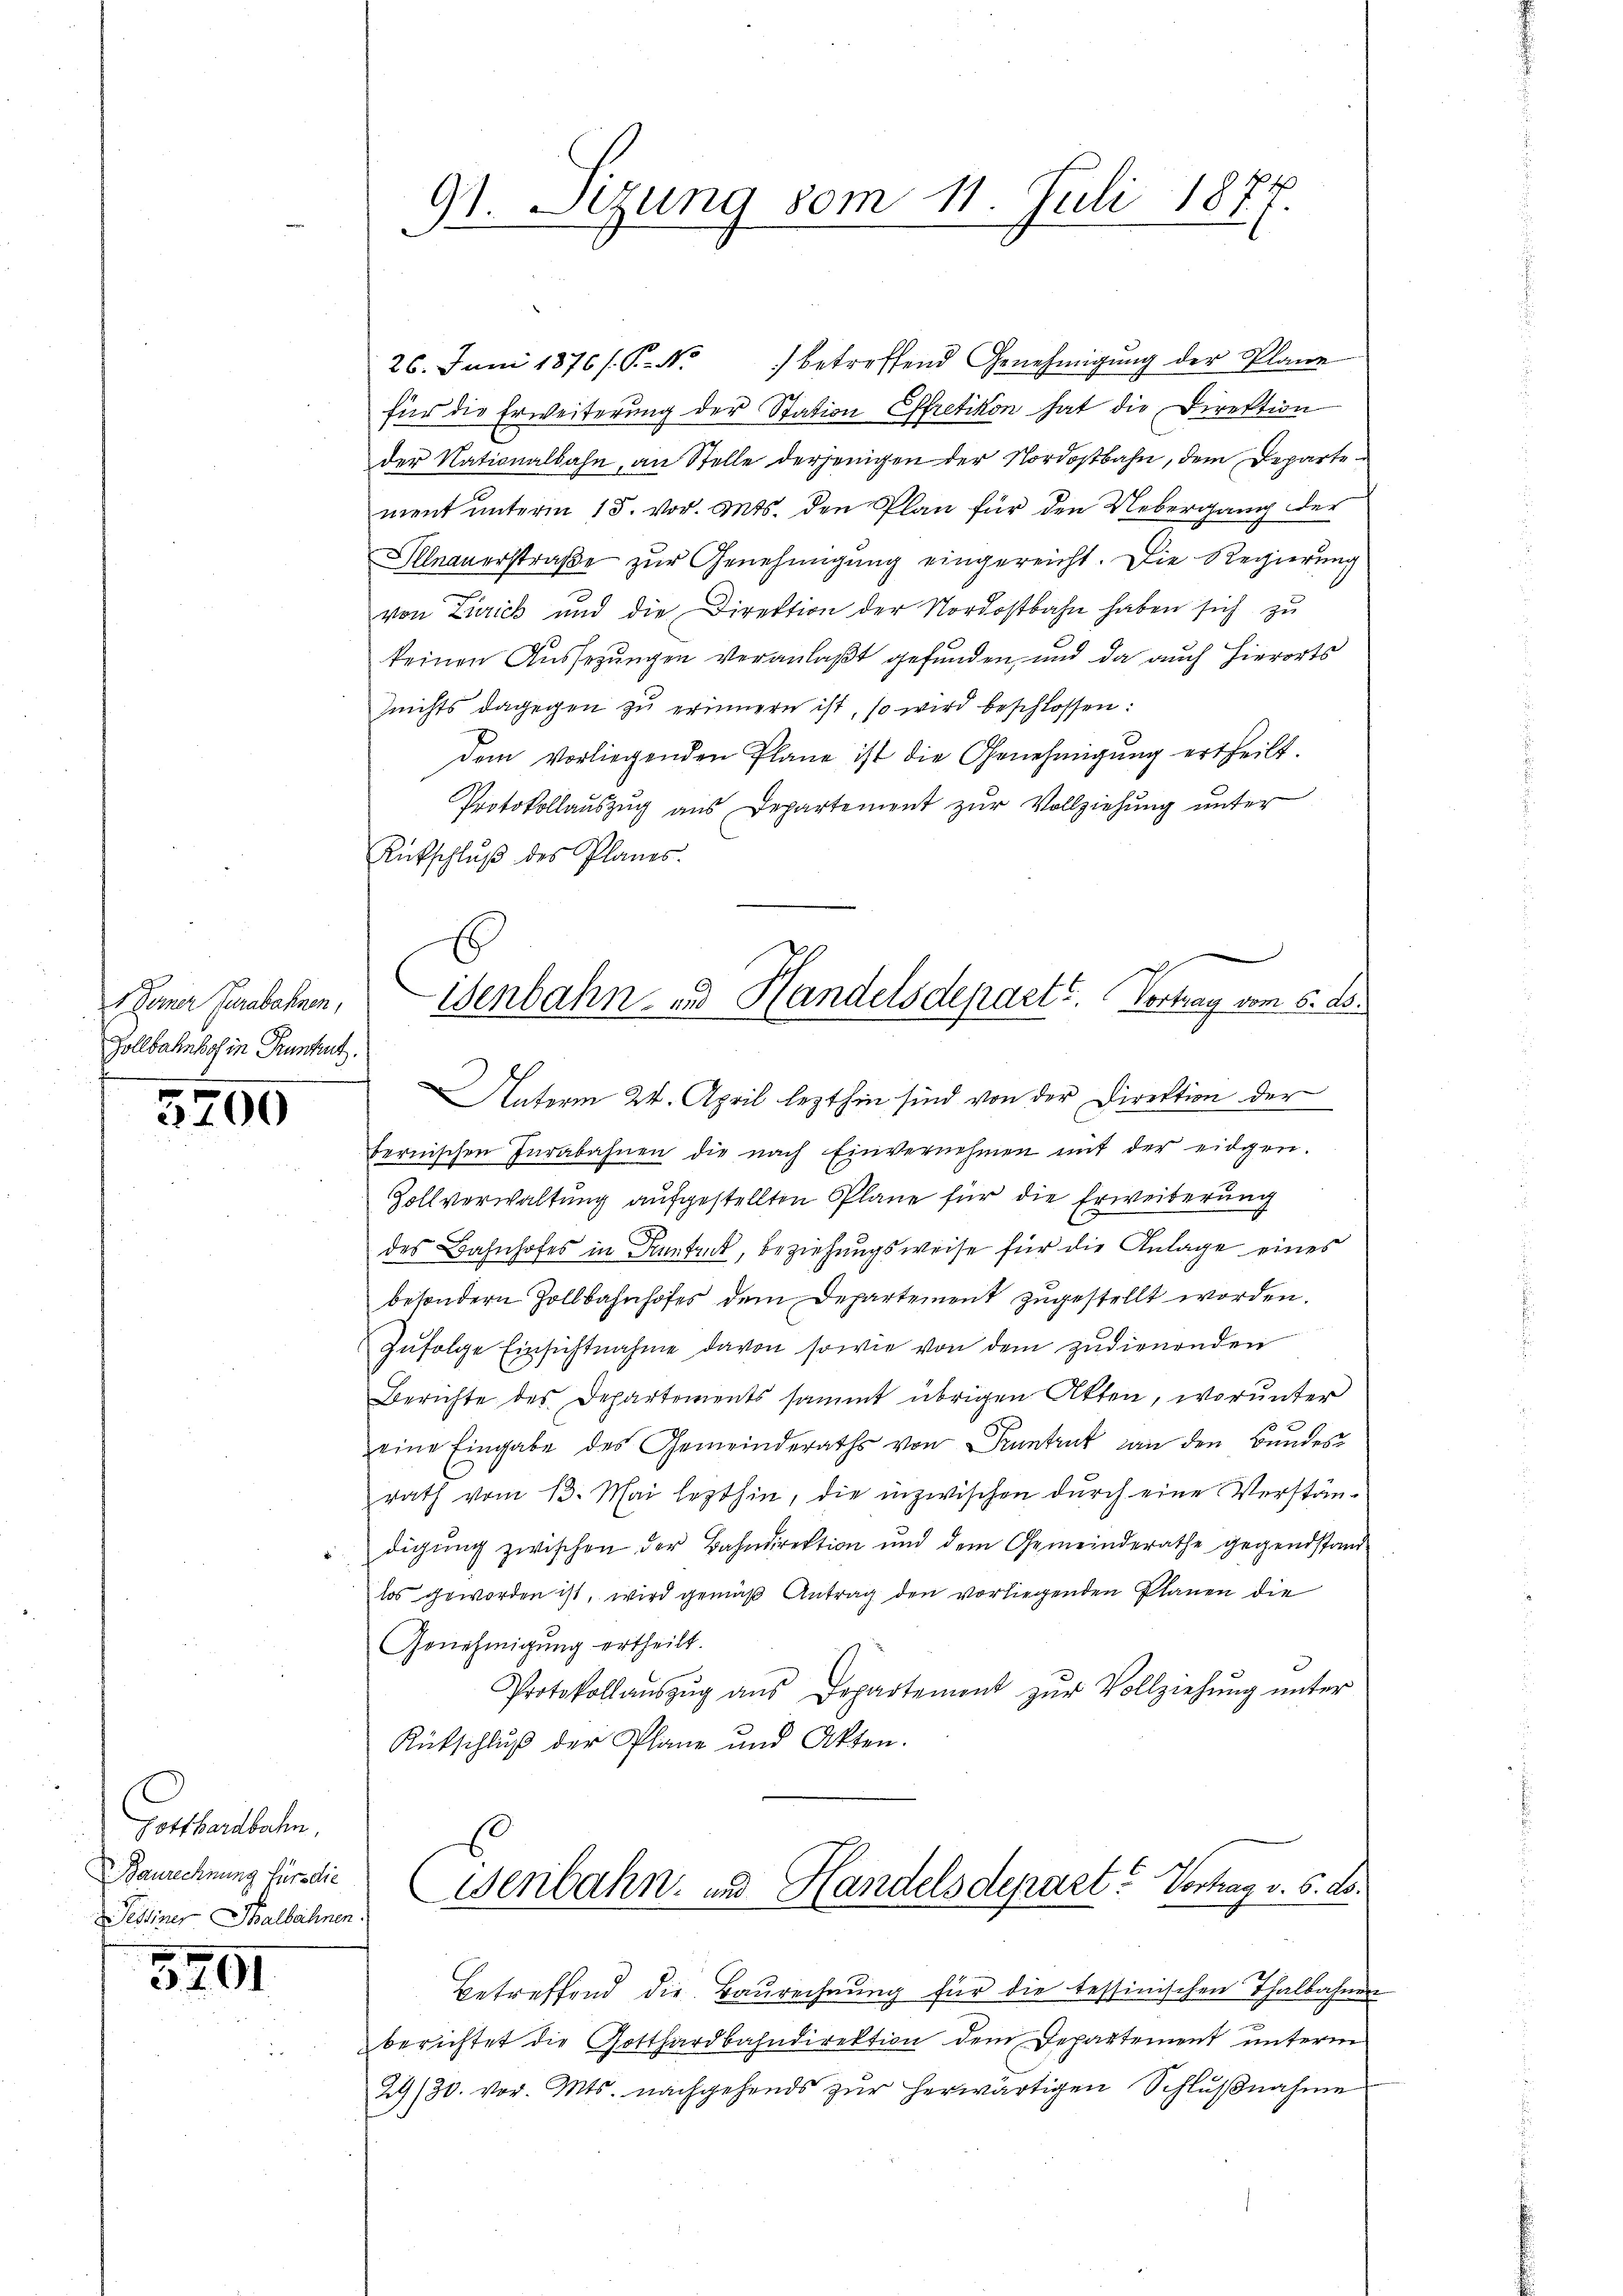
t Deiner Turabahnen,
Zollbahnhof in Pruntert.

3700

Gotthardbahn
Baurechnung für die
Sessiner Thalbahnen.

5701

26. Juni 1876/ P. Nr. 1 betreffend Genehmigŭng der Plane
für die Erweiterung der Station Effretikon hat die Direktion
der Nationalbahn, an Stelle derjenigen der Nordostbahn, dem Departement unterm 15. vor. Mts. den Plan für den Uebergang der
Illnauerstraße zur Genehmigung eingereicht. Die Regierung
s
von Zurick und die Direktion der Nordostbahn haben sich zu
keinen Aussezungen veranlaßt gefunden, und da auch hierorts
Zeichts dagegen zu erinnern ist, so wird beschlossen:
dem vorliegenden Plane ist die Genehmigŭng ertheilt.
Protokollaŭszŭg aŭs Departement zŭr Vollziehŭng ŭnter
Rütschlŭβ des Planes.
bernischen Iurabahnen die nach Einvernehmen mit der eidgen.
Zollverwaltung aufgestellten Pläne für die Erweiterung
des Bahnhofes in Kentrut, Beziehungsweise für die Anlage eines
besondern Zollbahnhofes dem Departement zugestellt worden.
Zŭfolge Einsichtnahme davon sowie von dem zudienenden
Berichte des Departements sammt übrigen Akten, worunter
eine Eingabe des Gemeinderaths von Pruntrut an den Bundes
rath vom 13. Mai lezthin, die inzwischen durch eine Verstän¬
"digŭng zwischen der Bahndirektion und dem Gemeinderathe gegendstand
los geworden ist, wird gemäß Antrag den vorliegenden Planen die
Genehmigung ertheilt.
Protokollaŭszŭg ans Departement zŭr Vollziehŭng ŭnter
Rütschluß der Pläne und Akten.
Genbahn- und Handelsdepart. Vortrag v. 6. ds.

91. Sizung vom 11. Juli 1877.

isenbahn- und Handelsdepart? Vortrag vom 5. d.
Unterm 24. April lezthin sind von der Direktion der

betreffend die Baurechnung für die tessinischen Thalbahnen
berichtet die Gotthardbahndirektion dem Departement unterm
29/30. vor. Mts. nachgehends zŭr herwärtigen Schlŭβnahme